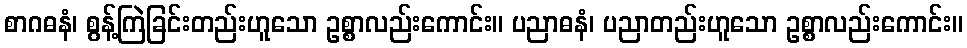
စာဂဓနံ၊ စွန့်ကြဲခြင်းတည်းဟူသော ဥစ္စာလည်းကောင်း။ ပညာဓနံ၊ ပညာတည်းဟူသော ဥစ္စာလည်းကောင်း။